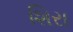
શિરા